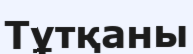
Тұтқаны